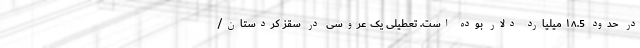
در حدود ١٨.5 میلیارد دلار بوده است. تعطیلی یک عروسی در سقز کردستان/